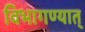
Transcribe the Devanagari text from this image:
विभागण्यात्